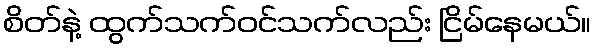
စိတ်နဲ့ ထွက်သက်ဝင်သက်လည်း ငြိမ်နေမယ်။